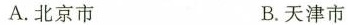
A.北京市 B.天津市